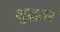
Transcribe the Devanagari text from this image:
शुद्धतर